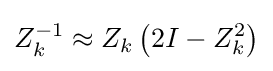
Z_{k}^{-1}\approx Z_{k}\left(2I-Z_{k}^{2}\right)